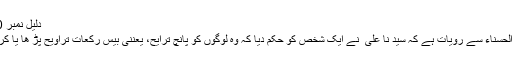
دلیل نمبر 10:
ابو الحسناء سے رویات ہے کہ سید نا علی ؓ نے ایک شخص کو حکم دیا کہ وہ لوگوں کو پانچ ترایح، یعننی بیس رکعات تراویح پڑ ھا یا کرے۔